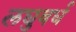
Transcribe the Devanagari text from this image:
लघुवर्ध